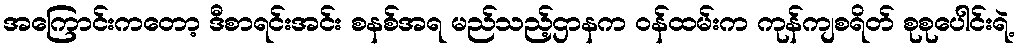
အကြောင်းကတော့ ဒီစာရင်းအင်း စနစ်အရ မည်သည့်ဌာနက ဝန်ထမ်းက ကုန်ကျစရိတ် စုစုပေါင်းရဲ့